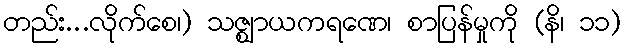
တည်း...လိုက်စေ၊) သဇ္ဈာယကရဏေ၊ စာပြန်မှုကို (နိ၊ ၁၁)